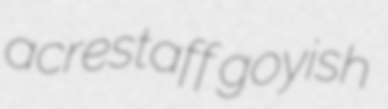
acrestaff goyish